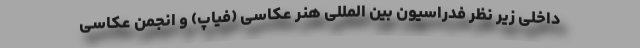
داخلی زیر نظر فدراسیون بین المللی هنر عکاسی (فیاپ) و انجمن عکاسی